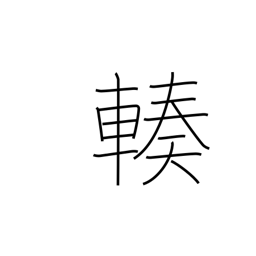
Meaning: gather